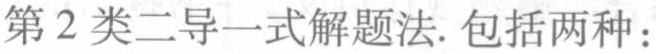
第2类二导一式解题法. 包括两种：